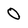
Character: 0